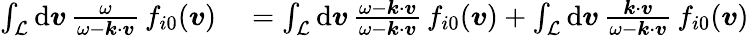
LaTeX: \begin{array}{rl}{\int_{\mathcal{L}}\mathrm{d}\boldsymbol{v}\, \frac{\omega}{\omega-\boldsymbol{k}\cdot\boldsymbol{v}}\, f_{i0}(\boldsymbol{v})}&{{}=\int_{\mathcal{L}}\mathrm{d}\boldsymbol{v}\, \frac{\omega-\boldsymbol{k}\cdot\boldsymbol{v}}{\omega-\boldsymbol{k}\cdot\boldsymbol{v}}\, f_{i0}(\boldsymbol{v})+\int_{\mathcal{L}}\mathrm{d}\boldsymbol{v}\, \frac{\boldsymbol{k}\cdot\boldsymbol{v}}{\omega-\boldsymbol{k}\cdot\boldsymbol{v}}\, f_{i0}(\boldsymbol{v})}\end{array}